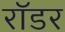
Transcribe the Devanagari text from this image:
रॉडर